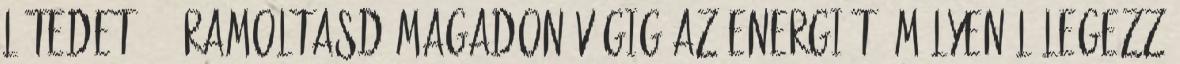
létedet. - Áramoltasd magadon végig az energiát, mélyen lélegezz